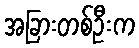
အခြားတစ်ဦးက